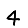
Digit: 4